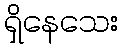
ရှိနေသေး